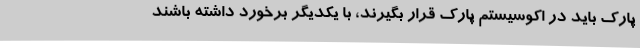
پارک باید در اکوسیستم پارک قرار بگیرند، با یکدیگر برخورد داشته باشند